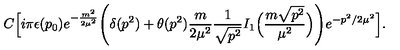
C \Big [ i \pi \epsilon ( p _ { 0 } ) e ^ { - { \frac { m ^ { 2 } } { 2 \mu ^ { 2 } } } } \Bigg ( \delta ( p ^ { 2 } ) + \theta ( p ^ { 2 } ) { \frac { m } { 2 \mu ^ { 2 } } } { \frac { 1 } { \sqrt { p ^ { 2 } } } } I _ { 1 } \Big ( { \frac { m \sqrt { p ^ { 2 } } } { \mu ^ { 2 } } } \Big ) \Bigg ) e ^ { - p ^ { 2 } / 2 \mu ^ { 2 } } \Big ] .